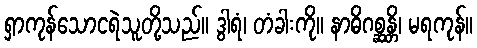
ရှာကုန်သောငရဲသူတို့သည်။ ဒွါရံ၊ တံခါးကို။ နာဓိဂစ္ဆန္တိ၊ မရကုန်။